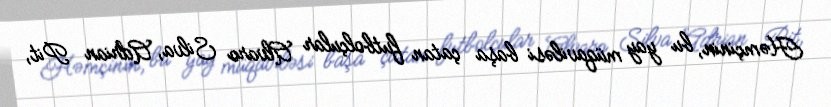
Həmçinin, bu yay müqaviləsi başa çatan futbolçular Alvaro Silva, Adrian Pit,